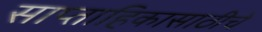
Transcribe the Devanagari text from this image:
साप्ताहिकासाठीचे